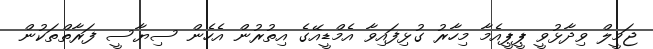
ޖަމީލް ވިދާޅުވީ ޕީޕީއެމާ މިހާރު ގުޅިފައިވާ އެމްޑީއޭގެ އިތުރުން އެހެން ސިޔާސީ ފަރާތްތަކުން